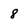
Character: 8